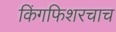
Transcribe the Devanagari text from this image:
किंगफिशरचाच